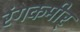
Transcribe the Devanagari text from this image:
रंगकमीर्